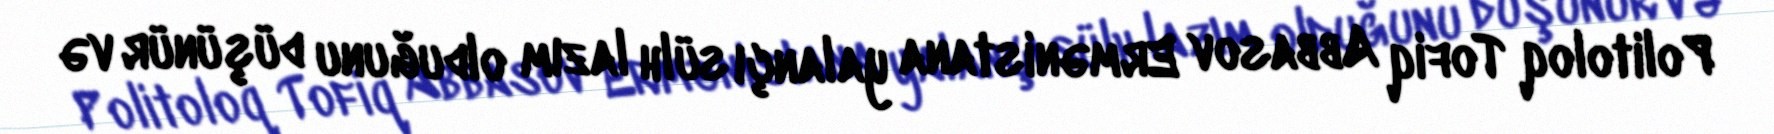
Politoloq Tofiq Abbasov Ermənistana yalançı sülh lazım olduğunu düşünür və